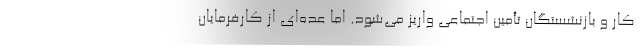
کار و بازنشستگان تأمین اجتماعی واریز می‌شود. اما عده‌ای از کارفرمایان